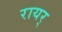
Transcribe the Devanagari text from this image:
रायर्